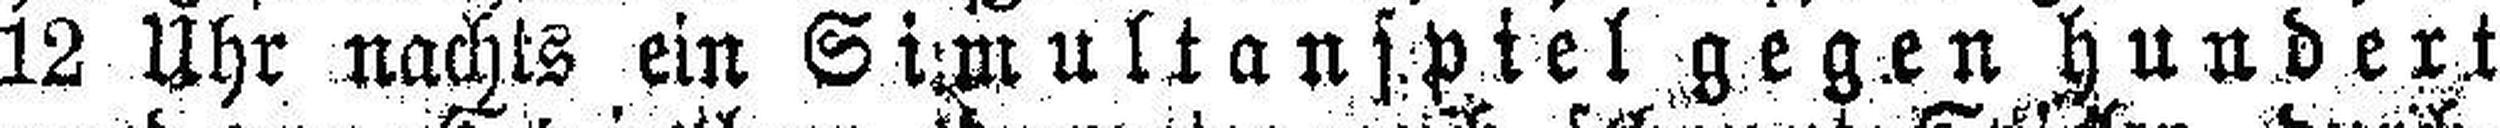
12 Uhr nachts ein Simultanspiel gegen hundert